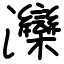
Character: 灤